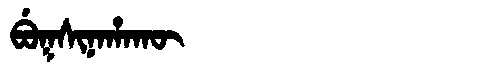
Manchu: ᠪᡠᡴᠰᡳᠨᠠᡥᠠᡴᡡ
Romanization: BUKSINAHAKŪ